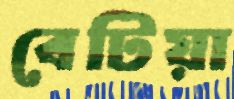
বেটিয়া